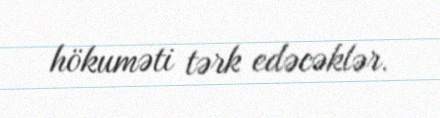
hökuməti tərk edəcəklər.